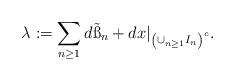
LaTeX: \begin{align*}\lambda:=\sum_{n\geq 1}d\tilde{\ss}_n+dx|_{\left(\cup_{n\geq 1} I_n\right)^c}.\end{align*}